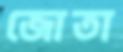
জোতা